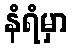
နံရံမှာ